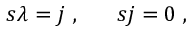
s \lambda = j \; , \; \; \; \; \; \; s j = 0 \; ,